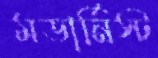
মডার্নিস্ট